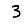
Digit: 3